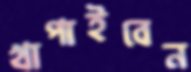
খাপাইবেন